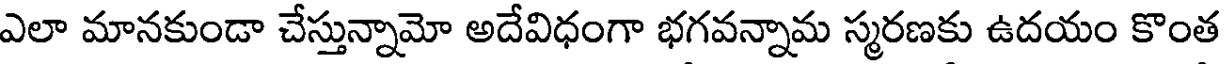
ఎలా మానకుండా చేస్తున్నామో అదేవిధంగా భగవన్నామ స్మరణకు ఉదయం కొంత